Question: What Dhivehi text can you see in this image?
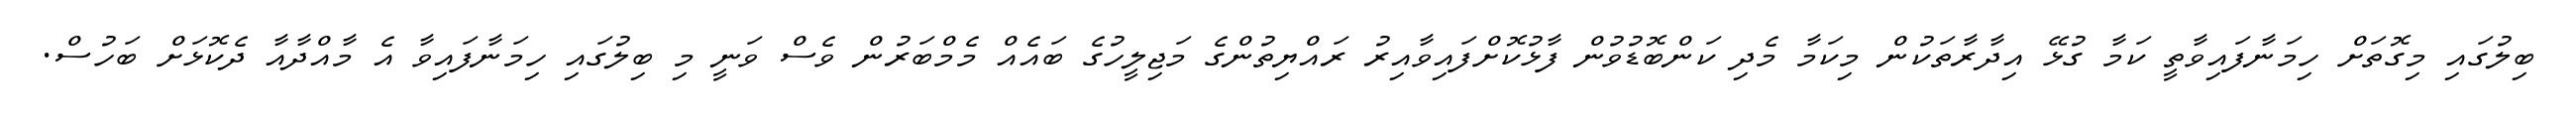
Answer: ބިލުގައި މިގޮތަށް ހިމަނާފައިވާތީ ކަމާ ގުޅޭ އިދާރާތަކުން މިކަމާ މެދި ކަންބޮޑުވުން ފާޅުކޮށްފައިވާއިރު ރައްޔިތުންގެ މަޖިލީހުގެ ބައެއް މެމްބަރުން ވެސް ވަނީ މި ބިލުގައި ހިމަނާފައިވާ އެ މާއްދާއާ ދެކޮޅަށް ބަހުސް.